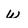
Character: W